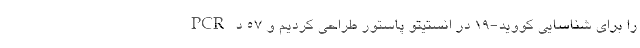
PCR را برای شناسایی کووید-۱۹ در انستیتو پاستور طراحی کردیم و ۵۷ د